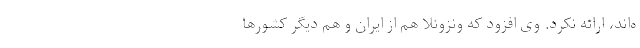
ه‌اند، ارائه نکرد. وی افزود که ونزوئلا هم از ایران و هم دیگر کشورها